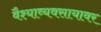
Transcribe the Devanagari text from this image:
वैश्याव्यवसायावर